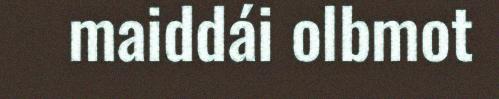
maiddái olbmot